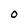
Character: O